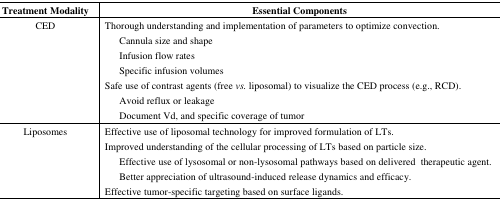
| Treatment Modality | Essential Components |
 | --- | --- |
 | CED | Thorough understanding and implementation of parameters to optimize convection. |
 |  | Cannula size and shape |
 |  | Infusion flow rates |
 |  | Specific infusion volumes |
 |  | Safe use of contrast agents (free vs. liposomal) to visualize the CED process (e.g., RCD). |
 |  | Avoid reflux or leakage |
 |  | Document Vd, and specific coverage of tumor |
 | Liposomes | Effective use of liposomal technology for improved formulation of LTs. |
 |  | Improved understanding of the cellular processing of LTs based on particle size. |
 |  | Effective use of lysosomal or non-lysosomal pathways based on delivered therapeutic agent. |
 |  | Better appreciation of ultrasound-induced release dynamics and efficacy. |
 |  | Effective tumor-specific targeting based on surface ligands. |